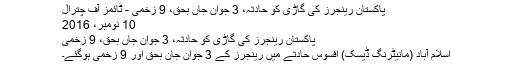
پاکستان رینجرز کی گاڑی کو حادثہ، 3 جوان جاں بحق، 9 زخمی - ٹائمز آف چترال
10 نومبر، 2016
پاکستان رینجرز کی گاڑی کو حادثہ، 3 جوان جاں بحق، 9 زخمی
اسلام آباد (مانیٹرنگ ڈیسک) افسوس حادثے میں رینجرز کے 3 جوان جان بحق اور 9 زخمی ہوگئے۔